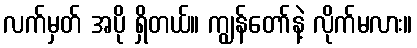
လက်မှတ် အပို ရှိတယ်။ ကျွန်တော်နဲ့ လိုက်မလား။